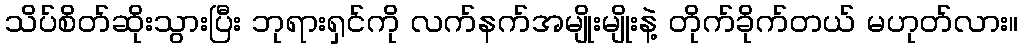
သိပ်စိတ်ဆိုးသွားပြီး ဘုရားရှင်ကို လက်နက်အမျိုးမျိုးနဲ့ တိုက်ခိုက်တယ် မဟုတ်လား။